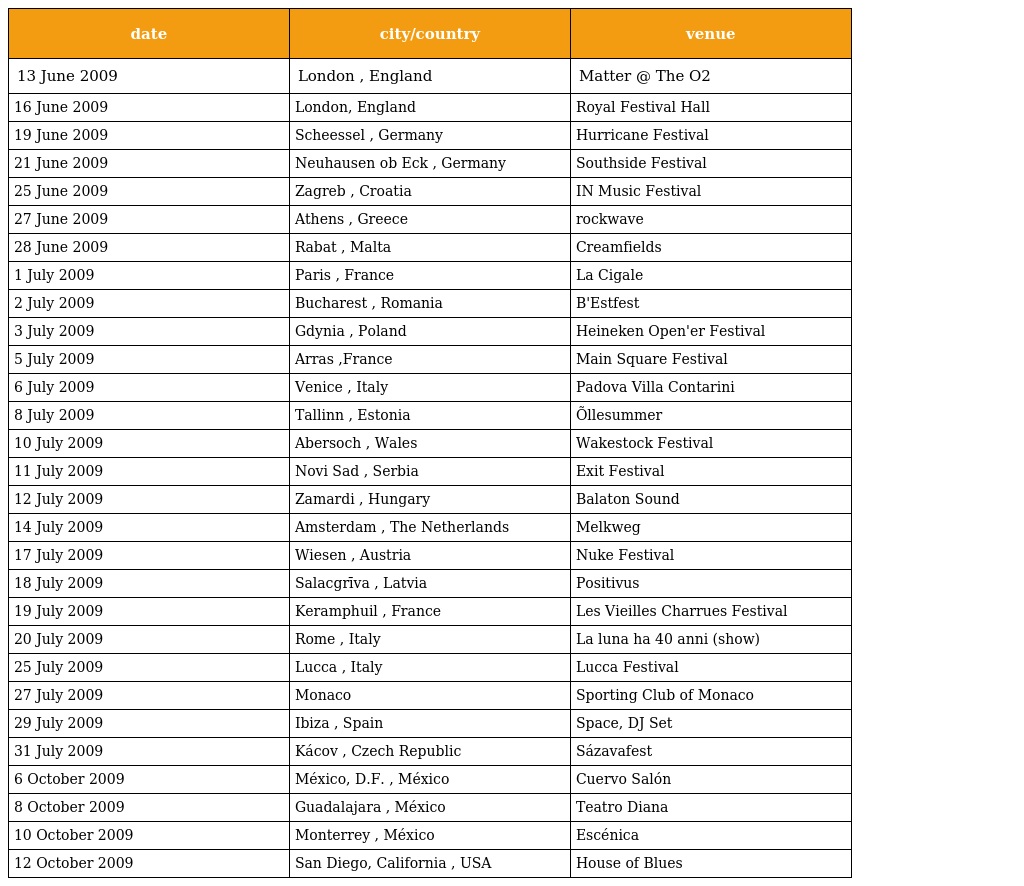
| date | city/country | venue |
 | --- | --- | --- |
 | 13 June 2009 | London , England | Matter @ The O2 |
 | 16 June 2009 | London, England | Royal Festival Hall |
 | 19 June 2009 | Scheessel , Germany | Hurricane Festival |
 | 21 June 2009 | Neuhausen ob Eck , Germany | Southside Festival |
 | 25 June 2009 | Zagreb , Croatia | IN Music Festival |
 | 27 June 2009 | Athens , Greece | rockwave |
 | 28 June 2009 | Rabat , Malta | Creamfields |
 | 1 July 2009 | Paris , France | La Cigale |
 | 2 July 2009 | Bucharest , Romania | B'Estfest |
 | 3 July 2009 | Gdynia , Poland | Heineken Open'er Festival |
 | 5 July 2009 | Arras ,France | Main Square Festival |
 | 6 July 2009 | Venice , Italy | Padova Villa Contarini |
 | 8 July 2009 | Tallinn , Estonia | Õllesummer |
 | 10 July 2009 | Abersoch , Wales | Wakestock Festival |
 | 11 July 2009 | Novi Sad , Serbia | Exit Festival |
 | 12 July 2009 | Zamardi , Hungary | Balaton Sound |
 | 14 July 2009 | Amsterdam , The Netherlands | Melkweg |
 | 17 July 2009 | Wiesen , Austria | Nuke Festival |
 | 18 July 2009 | Salacgrīva , Latvia | Positivus |
 | 19 July 2009 | Keramphuil , France | Les Vieilles Charrues Festival |
 | 20 July 2009 | Rome , Italy | La luna ha 40 anni (show) |
 | 25 July 2009 | Lucca , Italy | Lucca Festival |
 | 27 July 2009 | Monaco | Sporting Club of Monaco |
 | 29 July 2009 | Ibiza , Spain | Space, DJ Set |
 | 31 July 2009 | Kácov , Czech Republic | Sázavafest |
 | 6 October 2009 | México, D.F. , México | Cuervo Salón |
 | 8 October 2009 | Guadalajara , México | Teatro Diana |
 | 10 October 2009 | Monterrey , México | Escénica |
 | 12 October 2009 | San Diego, California , USA | House of Blues |